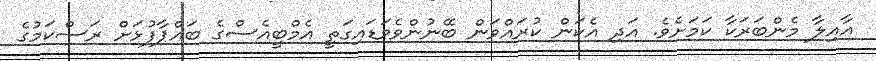
އާއިލާ މެންބަރަކާ ކަމަށެވެ. އަދި އެކަން ކުރައްވަން ބޭނުންވެވަޑައިގަތީ އެމްބީއެސްގެ ބައްޕާފުޅަށް ރަސްކަމުގެ